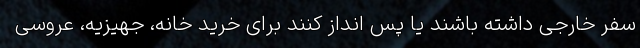
سفر خارجی داشته باشند یا پس انداز کنند برای خرید خانه، جهیزیه، عروسی